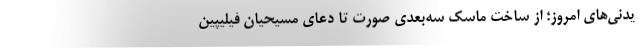
یدنی‌های امروز؛ از ساخت ماسک‌ سه‌بعدی صورت تا دعای مسیحیان فیلیپین